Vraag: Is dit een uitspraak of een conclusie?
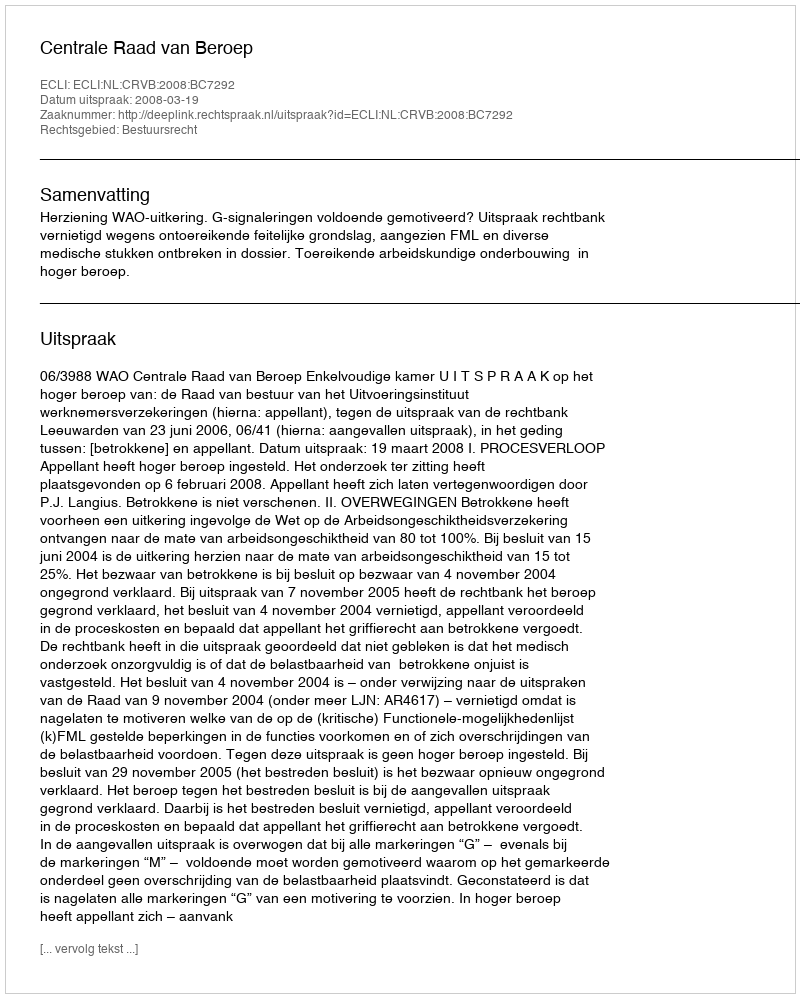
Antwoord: Uitspraak